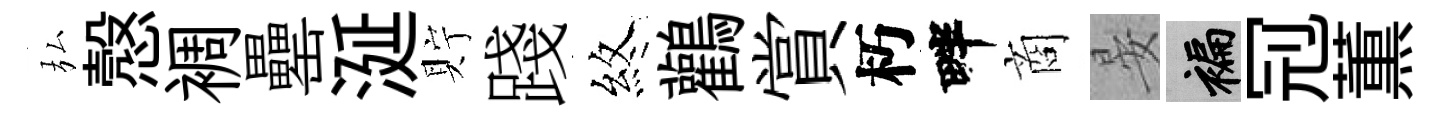
弘慤裯罍涎貯踐煞鸛賞朽畔商晏褊𠜍薫